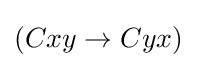
(Cxy\rightarrow Cyx)